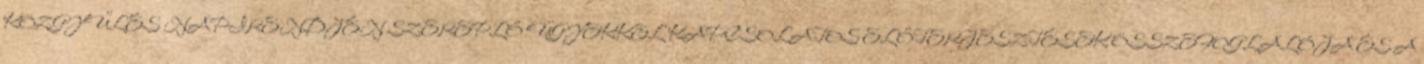
KÖZGYŰLÉS NAPIRENDJÉN SZEREPLŐ ÜGYEKKEL KAPCSOLATOS ELŐTERJESZTÉSEK ÖSSZEFOGLALÓJA ÉS A